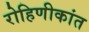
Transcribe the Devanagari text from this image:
रोहिणीकांत